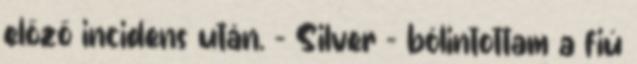
előző incidens után. - Silver - bólintottam a fiú